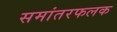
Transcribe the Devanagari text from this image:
समांतरफलक